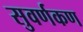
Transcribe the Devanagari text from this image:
सुवर्णकण